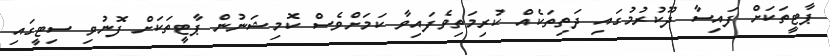
ޕާޓީތަކަށް ފައިސާ ދޫކުރުމުގައި ދަތިތަކެއް ކުރިމަތިވެފައިވާ ކަމަށްވެސް ކޮމިޝަނުން ޕާޓީތަކަށް ފޮނުވި ސިޓީގައި